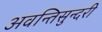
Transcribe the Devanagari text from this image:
अवन्तिसुन्दरी